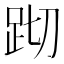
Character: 䟙